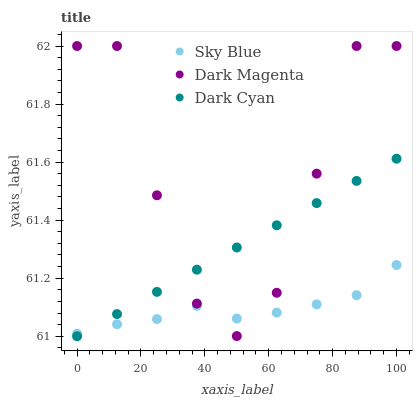
| xaxis_label | Sky Blue | Dark Magenta | Dark Cyan |
 | --- | --- | --- | --- |
 | 0 | 61 | 62 | 61 |
 | 12.5 | 61 | 62 | 61.1 |
 | 25 | 61.1 | 61.5 | 61.2 |
 | 37.5 | 61.1 | 61.1 | 61.2 |
 | 50 | 61.1 | 61 | 61.3 |
 | 62.5 | 61.1 | 61.1 | 61.4 |
 | 75 | 61.1 | 61.6 | 61.5 |
 | 87.5 | 61.1 | 62 | 61.5 |
 | 100 | 61.2 | 62 | 61.6 |